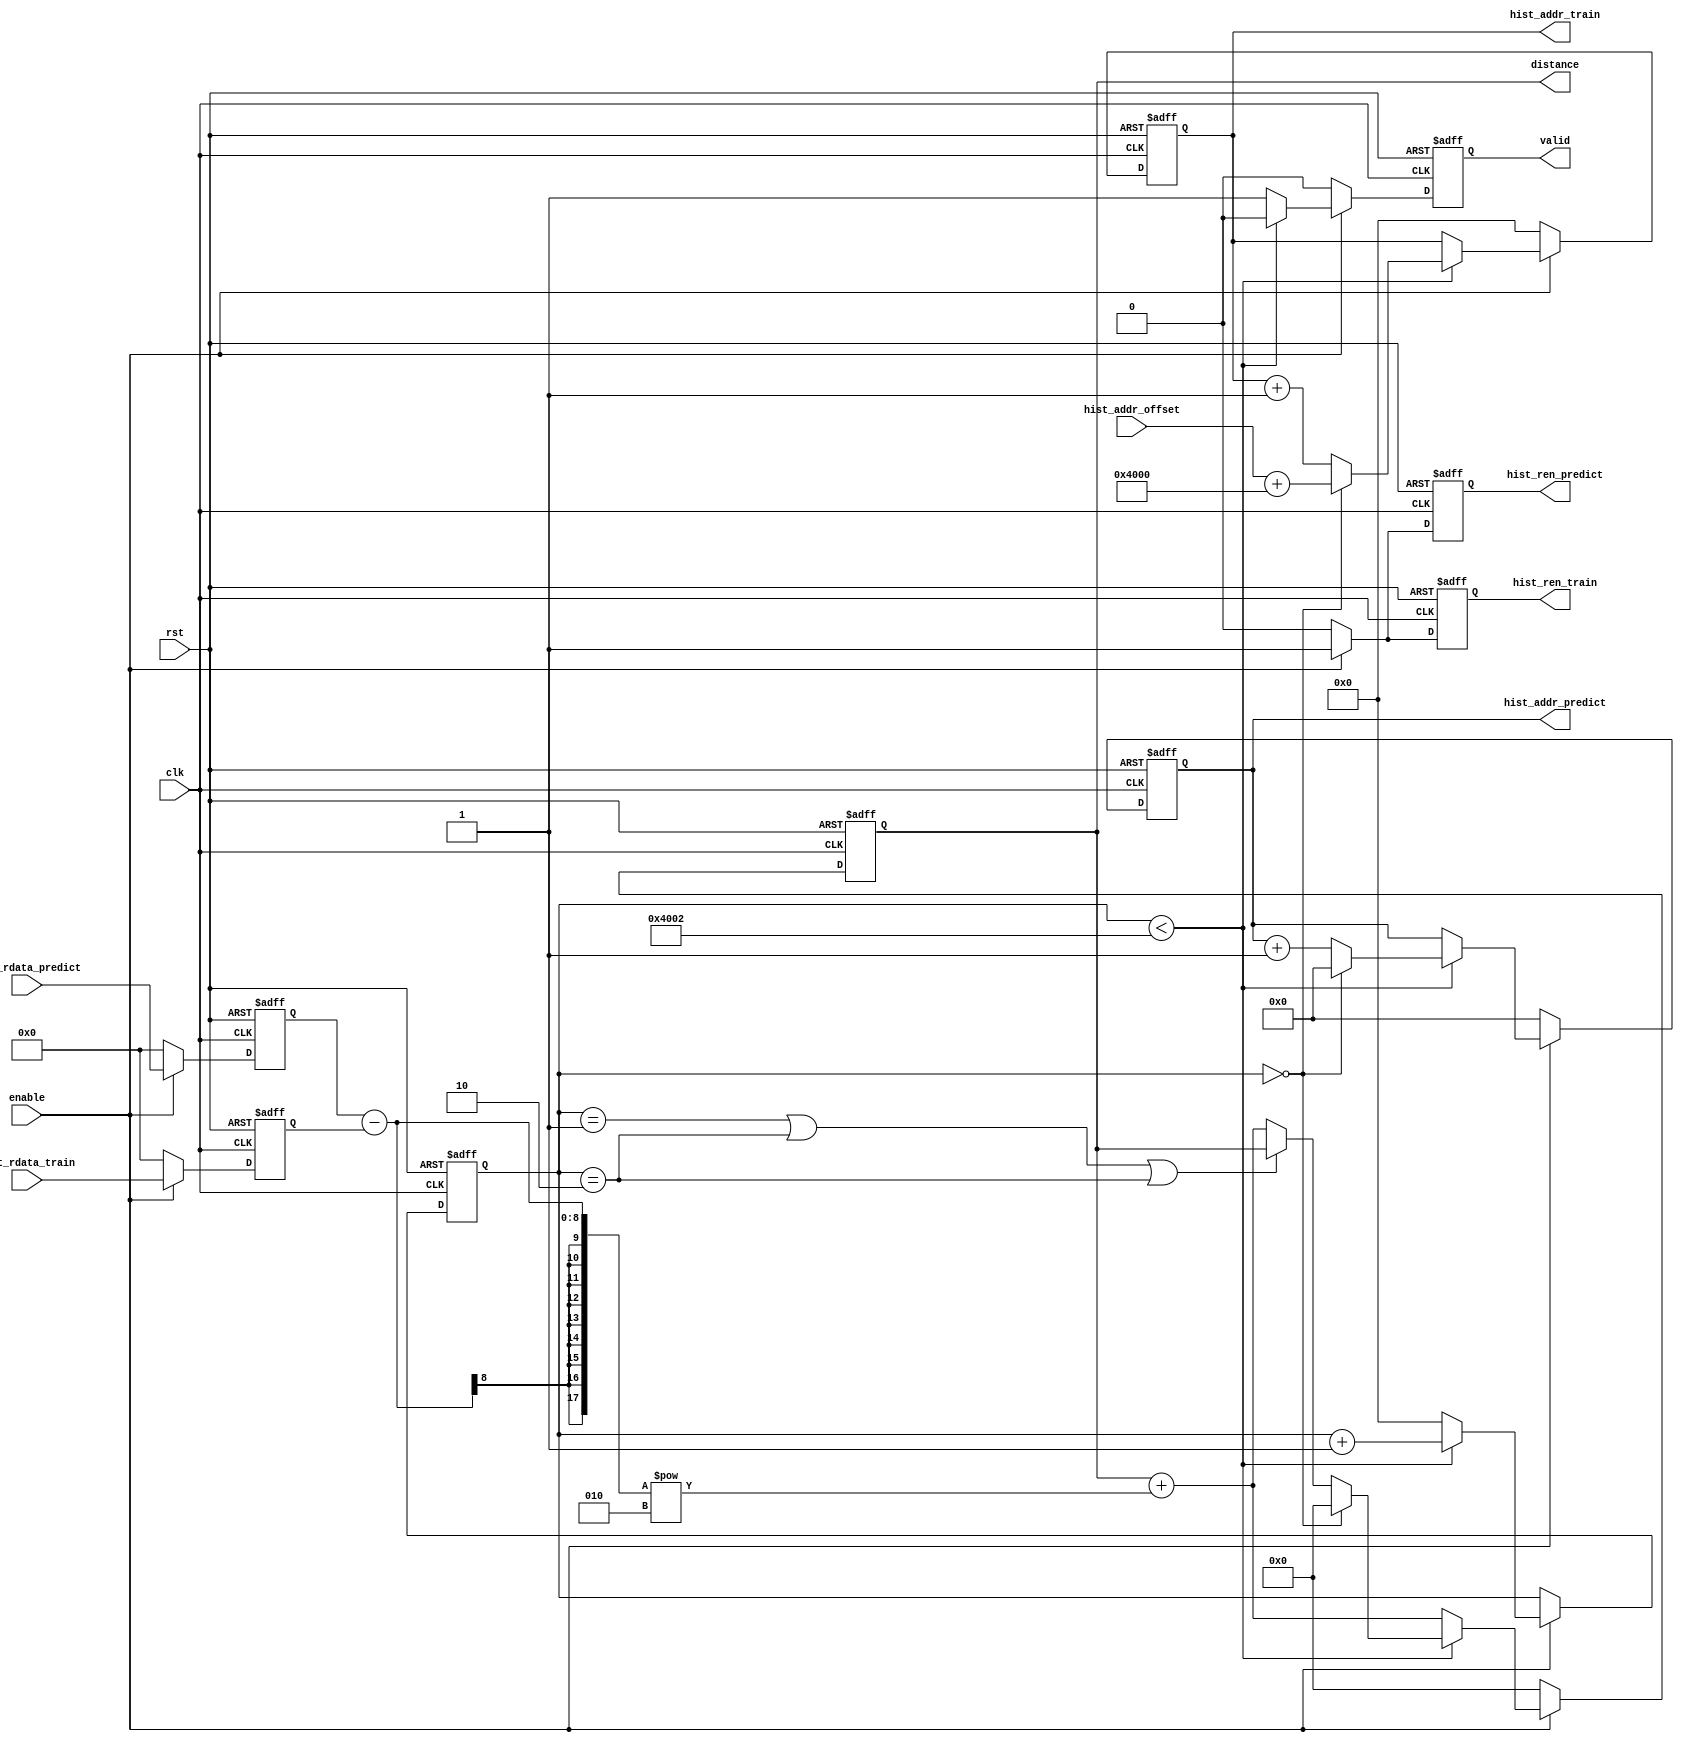
module DCU(
    input               clk,
    input               rst,
    input               enable,
    input   [20:0]      hist_addr_offset,

    output  reg [20:0]  hist_addr_train,
    output  reg         hist_ren_train,
    input   [7:0]       hist_rdata_train,

    output  reg [13:0]  hist_addr_predict,
    output  reg         hist_ren_predict,
    input   [7:0]       hist_rdata_predict,

    output  reg [17:0]  distance,
    output  reg         valid
);

    reg [20:0] count;
    reg [7:0] hist_rdata_train_temp, hist_rdata_predict_temp;

    always @(posedge clk or posedge rst) 
    begin
        if (rst) 
        begin
            hist_addr_train <= 21'd0;
            hist_ren_train <= 1'b0;
            hist_addr_predict <= 14'd0;
            hist_ren_predict <= 1'b0;
            distance <= 18'd0;
            valid <= 1'b0;
            hist_rdata_train_temp <= 8'd0;
            hist_rdata_predict_temp <= 8'd0;
            count <= 21'd0;
        end 
        else 
        begin
            if (enable)
            begin
                hist_ren_train <= 1'b1;
                hist_ren_predict <= 1'b1;
                if (count < 21'd16386)
                begin
                    hist_rdata_train_temp <= hist_rdata_train;
                    hist_rdata_predict_temp <= hist_rdata_predict;
                    if (count == 21'd0)
                    begin
                        distance <= 18'd0;
                        valid <= 1'b0;
                        count <= count + 21'd1;
                        hist_addr_train <= hist_addr_offset + 21'd16384;
                        hist_addr_predict <= 14'd0;
                    end
                    else if (count == 21'd1 || count == 21'd2 || count == 21'd2)
                    begin
                        distance <= distance;
                        count <= count + 21'd1;
                        valid <= 1'b0;
                        hist_addr_train <= hist_addr_train + 21'd1;
                        hist_addr_predict <= hist_addr_predict + 14'd1;
                    end
                    else
                    begin
                        distance <= distance + (hist_rdata_predict_temp - hist_rdata_train_temp) ** 2;
                        count <= count + 21'd1;
                        valid <= 1'b0;
                        hist_addr_train <= hist_addr_train + 21'd1;
                        hist_addr_predict <= hist_addr_predict + 14'd1;
                    end
                end
                else
                begin
                    hist_rdata_train_temp <= hist_rdata_train;
                    hist_rdata_predict_temp <= hist_rdata_predict;
                    distance <= distance + (hist_rdata_predict_temp - hist_rdata_train_temp) ** 2;
                    count <= 21'd0;
                    valid <= 1'b1;
                    hist_addr_train <= hist_addr_train;
                    hist_addr_predict <= hist_addr_predict;
                end
            end
            else
            begin
                hist_addr_train <= 21'd0;
                hist_ren_train <= 1'b0;
                hist_addr_predict <= 14'd0;
                hist_ren_predict <= 1'b0;
                distance <= 18'd0;
                valid <= 1'b0;
                hist_rdata_train_temp <= 8'd0;
                hist_rdata_predict_temp <= 8'd0;
            end
        end
    end
endmodule